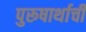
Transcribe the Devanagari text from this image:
पुरूषार्थाची